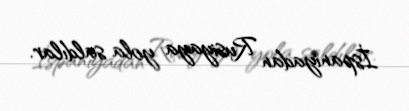
İspaniyadan Rusiyaya yola saldılar.